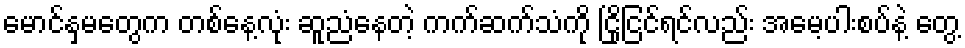
မောင်နှမတွေက တစ်နေ့လုံး ဆူညံနေတဲ့ ကက်ဆက်သံကို ငြိုငြင်ရင်လည်း အမေ့ပါးစပ်နဲ့ တွေ့